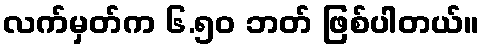
လက်မှတ်က ၆.၅၀ ဘတ် ဖြစ်ပါတယ်။